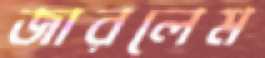
জারলেম